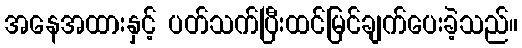
အနေအထားနှင့် ပတ်သက်ပြီးထင်မြင်ချက်ပေးခဲ့သည်။